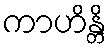
ကာဟိန္တိ